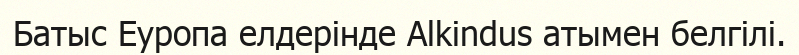
Батыс Еуропа елдерінде Alkindus атымен белгілі.